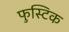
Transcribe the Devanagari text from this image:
फुस्टिक